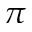
\pi